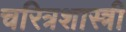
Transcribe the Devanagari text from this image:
चरित्रशास्त्री